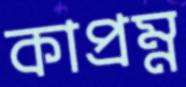
কাপ্রম্ন